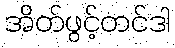
အိတ်ဖွင့်တင်ဒါ